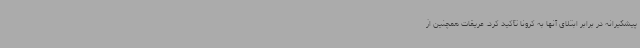
پیشگیرانه در برابر ابتلای آنها به کرونا تأکید کرد. عریقات همچنین از